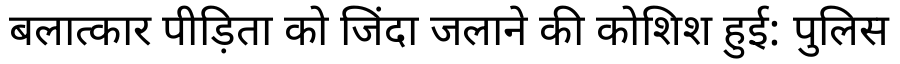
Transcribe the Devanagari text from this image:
बलात्कार पीड़िता को जिंदा जलाने की कोशिश हुई: पुलिस